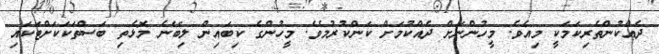
ދެއްކުންތެރިކަމަކީ މިއެވެ. މީހުންނަށް ދެއްކުމަށް ކަންކުރުމެވެ. މީހުންގެ ކިބައިން ލިބޭނެ މޮޅެތި ބަސްތަކަކަށްޓަކައި